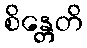
စိန္တေတိ